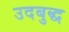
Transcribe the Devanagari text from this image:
उदबुद्ध